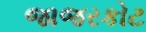
જાજરકોટ